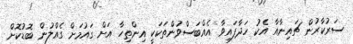
ސަރުކާރުން ޗައިނާއާ އެކު ހަދާފައިވާ އެއްބަސްވުންތަކަކީ އިންތިހާ އަށް ގައުމަށް ގެއްލުން ބޮޑުކޮށް